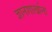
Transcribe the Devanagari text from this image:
ज्ञानशाखांना